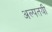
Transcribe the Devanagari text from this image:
अल्पतयी